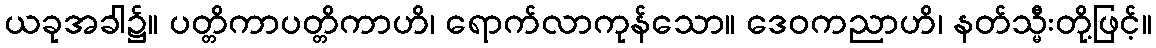
ယခုအခါ၌။ ပတ္တိကာပတ္တိကာဟိ၊ ရောက်လာကုန်သော။ ဒေဝကညာဟိ၊ နတ်သ္မီးတို့ဖြင့်။